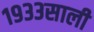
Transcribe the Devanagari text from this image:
१९३३साली